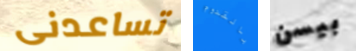
تساعدنى بالقدوم بيسن